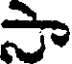
సా